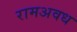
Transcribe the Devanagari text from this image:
रामअवध